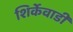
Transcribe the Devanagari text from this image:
शिर्केवाडी